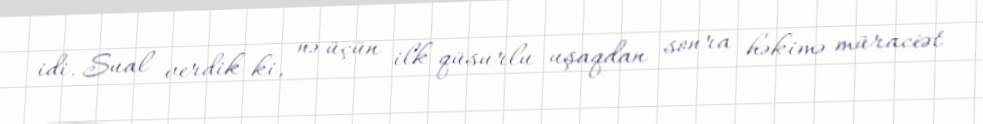
idi. Sual verdik ki, nə üçün ilk qüsurlu uşaqdan sonra həkimə müraciət